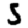
Digit: 5